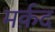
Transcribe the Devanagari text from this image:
मर्क़द